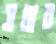
সত্তার